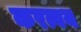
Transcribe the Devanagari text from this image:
करत्वय